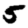
Digit: 5